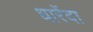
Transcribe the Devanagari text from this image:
धारेंदा